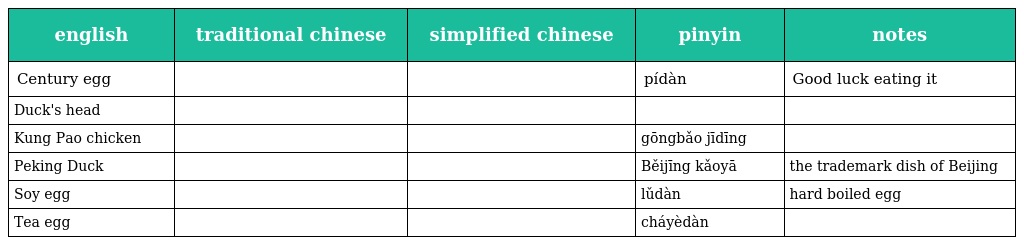
| english | traditional chinese | simplified chinese | pinyin | notes |
 | --- | --- | --- | --- | --- |
 | Century egg | 皮蛋 | 皮蛋 | pídàn | Good luck eating it |
 | Duck's head |  |  |  |  |
 | Kung Pao chicken | 宮保雞丁 | 宫保鸡丁 | gōngbǎo jīdīng |  |
 | Peking Duck | 北京烤鴨 | 北京烤鸭 | Běijīng kǎoyā | the trademark dish of Beijing |
 | Soy egg | 滷蛋 | 卤蛋 | lǔdàn | hard boiled egg |
 | Tea egg | 茶葉蛋 | 茶叶蛋 | cháyèdàn |  |